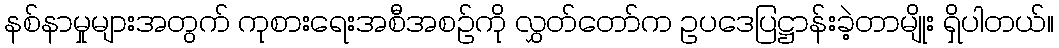
နစ်နာမှုများအတွက် ကုစားရေးအစီအစဉ်ကို လွှတ်တော်က ဥပဒေပြဋ္ဌာန်းခဲ့တာမျိုး ရှိပါတယ်။